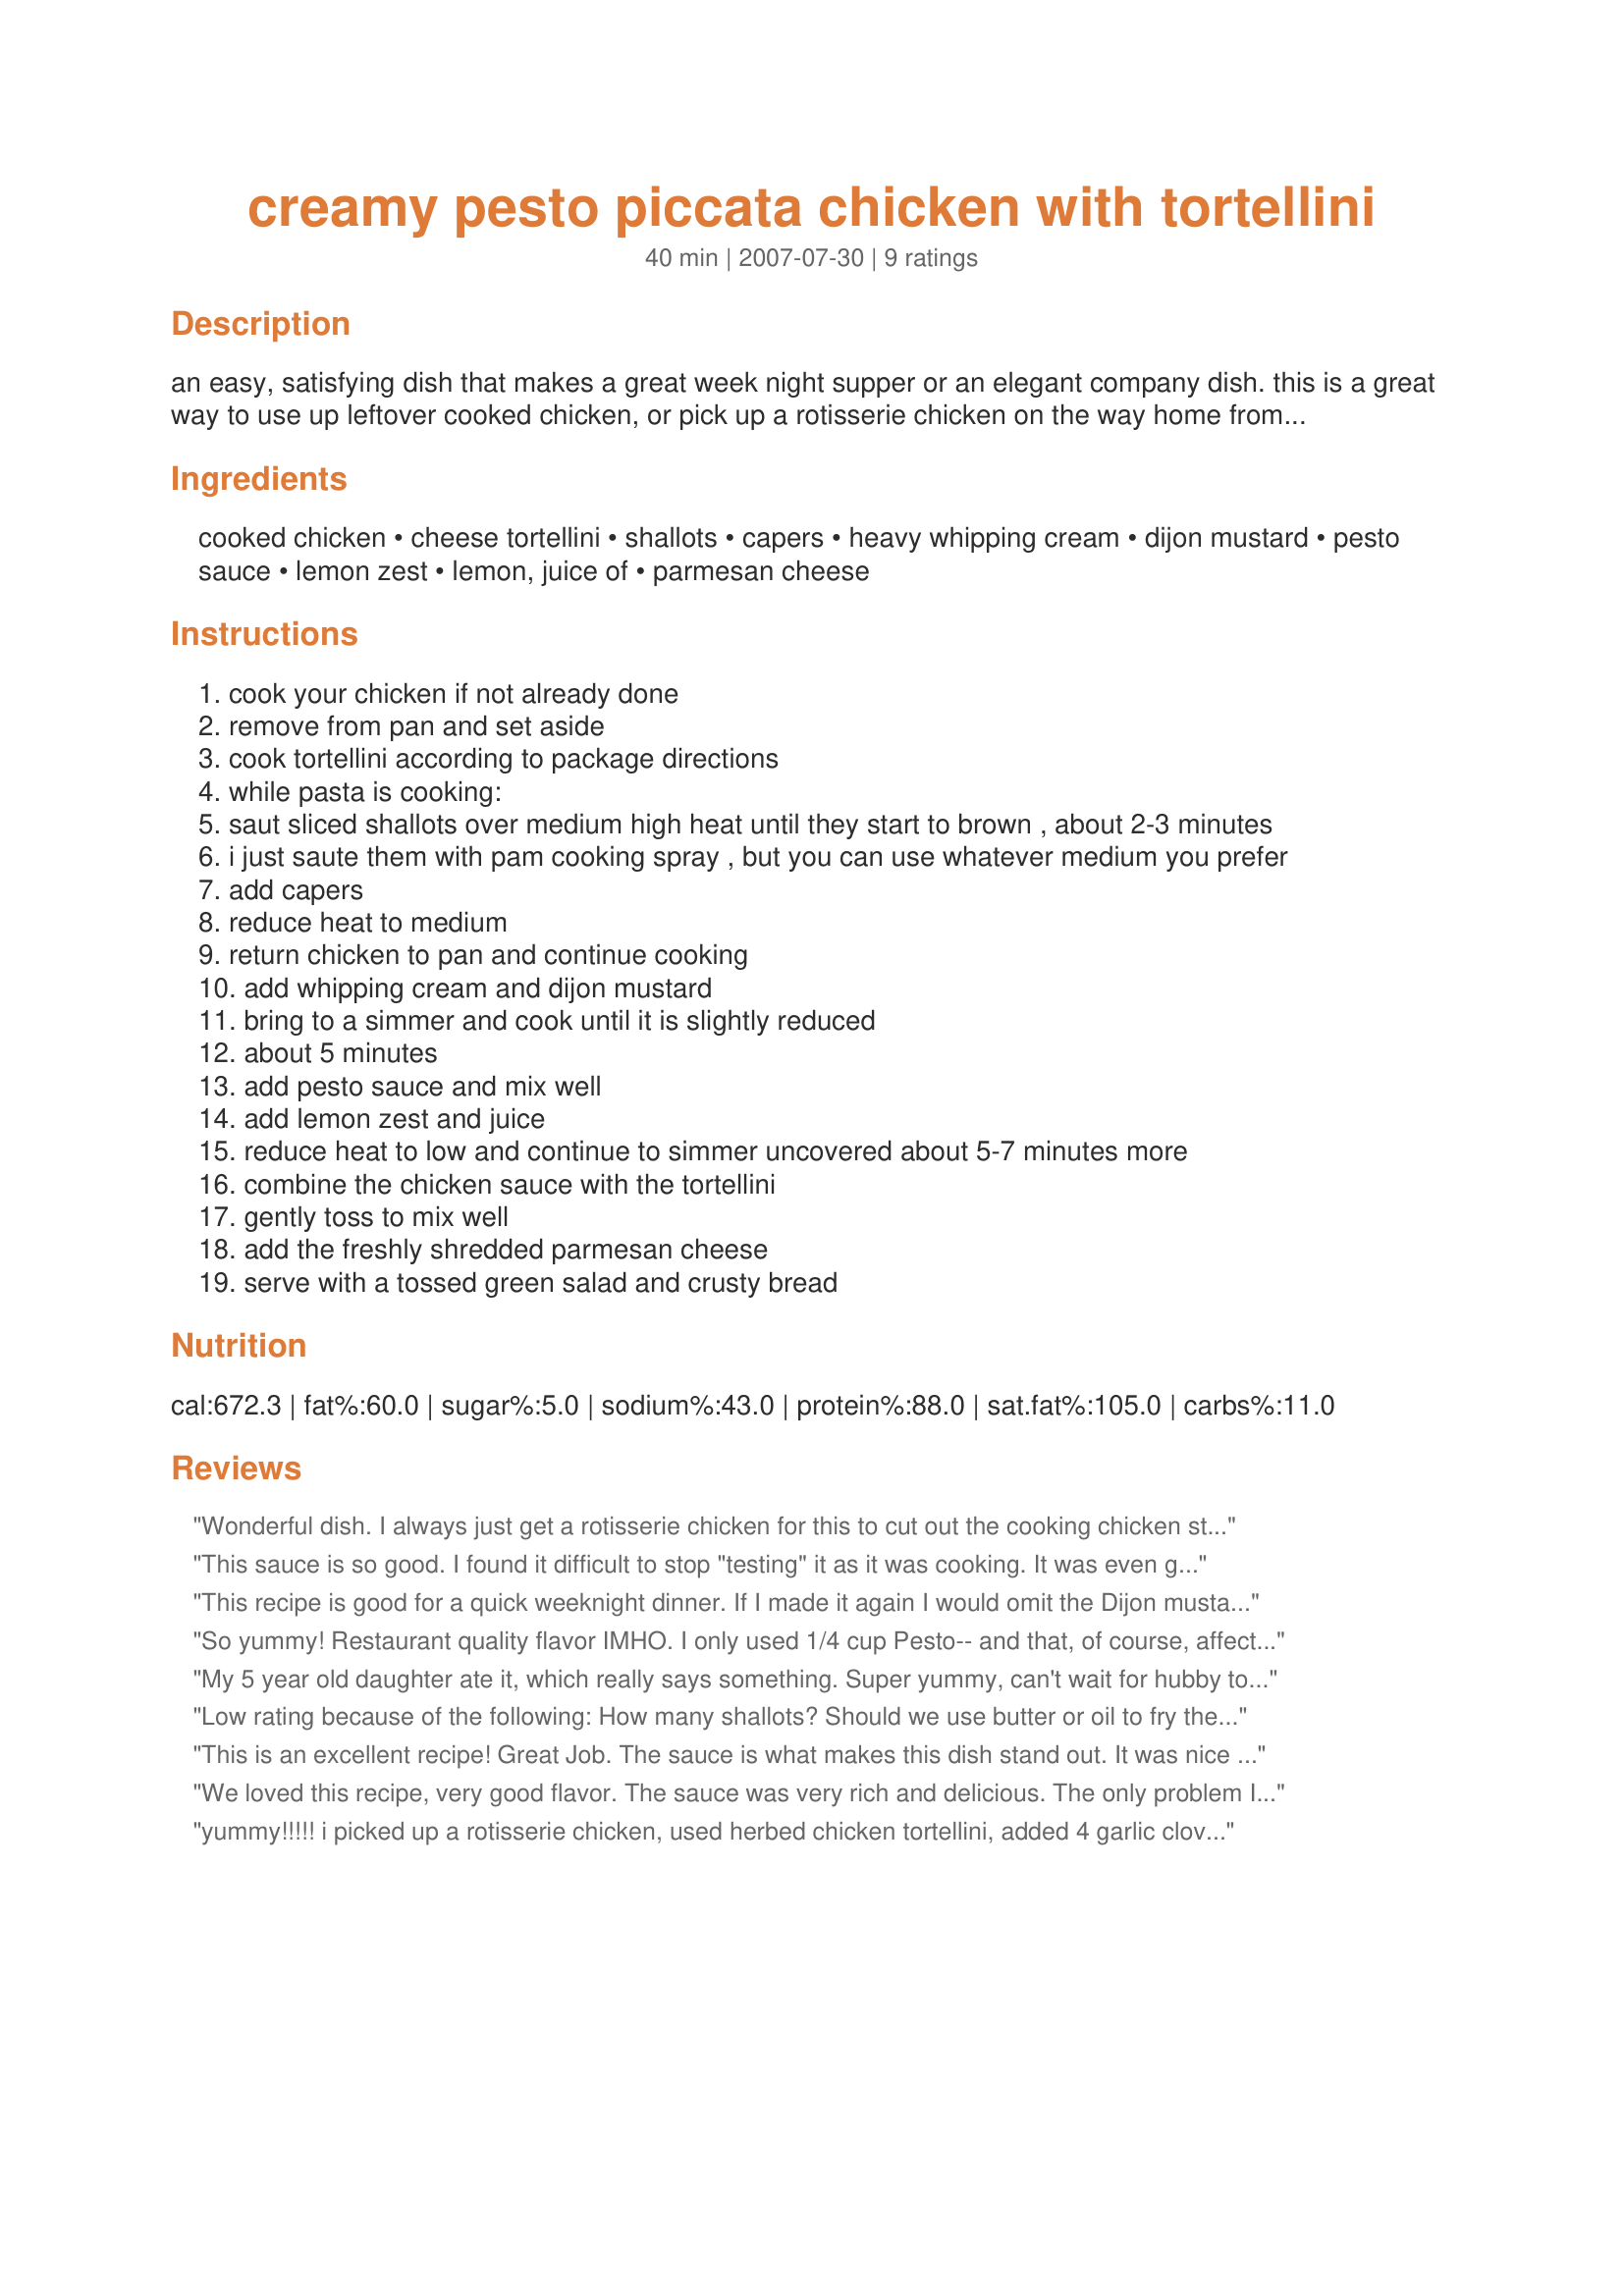
creamy pesto piccata chicken with tortellini
Preparation time: 40 minutes

an easy, satisfying dish that makes a great week night supper or an elegant company dish. this is a great way to use up leftover cooked chicken, or pick up a rotisserie chicken on the way home from work. pair it with a green salad and some crusty bread and you have a simple yet heavenly meal.

Ingredients:
cooked chicken, cheese tortellini, shallots, capers, heavy whipping cream, dijon mustard, pesto sauce, lemon zest, lemon, juice of, parmesan cheese

Steps:
cook your chicken if not already done
remove from pan and set aside
cook tortellini according to package directions
while pasta is cooking:
saut sliced shallots over medium high heat until they start to brown , about 2-3 minutes
i just saute them with pam cooking spray , but you can use whatever medium you prefer
add capers
reduce heat to medium
return chicken to pan and continue cooking
add whipping cream and dijon mustard
bring to a simmer and cook until it is slightly reduced
about 5 minutes
add pesto sauce and mix well
add lemon zest and juice
reduce heat to low and continue to simmer uncovered about 5-7 minutes more
combine the chicken sauce with the tortellini
gently toss to mix well
add the freshly shredded parmesan cheese
serve with a tossed green salad and crusty bread

Reviews:
Wonderful dish. I always just get a rotisserie chicken for this to cut out the cooking chicken step. I don't like mustard, but I love this dish. Just be a bit conservative with the mustard if it's not your thing. My husband likes this too, and he doesn't like mustard or pesto. The combination really brings out the best in all of the ingredients.
This sauce is so good. I found it difficult to stop "testing" it as it was cooking. It was even good before adding the pesto sauce and I might try it that way with some shrimp and pasta. I used a little red onion and garlic in place of the shallot. Good Luck!
This recipe is good for a quick weeknight dinner. If I made it again I would omit the Dijon mustard because I felt it competed with the pesto. Since the shallots were not listed in the ingredients, they did not end up on my grocery list... so I had to use a yellow onion. I served it with Recipe #168156 and crusty French rolls!
So yummy! Restaurant quality flavor IMHO. I only used 1/4 cup Pesto-- and that, of course, affected the outcome... but I thought it was delish! Thanks!
My 5 year old daughter ate it, which really says something. Super yummy, can't wait for hubby to get home from deployement so he can have good food again.
Low rating because of the following: How many shallots? Should we use butter or oil to fry the shallots? Ingredients are listed out of order....making me work much harder than I like to (it's just too confusing!!!)...tortellini should be listed right after the chicken, since that is the next thing to do. As I was making this, I realized, that the capers should be added right before finishing, along with zest and pesto. Also, it would be easier to make sauce without the chicken in the pan (add that AFTER sauce is made--then toss) which is what I did. This was a really good meal, but following directions was frustrating---thus the low rating. Orderly directions are VERY high in my opinion! Taste is superb here!!!
This is an excellent recipe! Great Job. The sauce is what makes this dish stand out. It was nice and creamy and had perfect balance of flavors. Made recipe exact and it was delicious. Served with a green salad and crusty bread. Good luck, this is a winner in my book ;) ~V
We loved this recipe, very good flavor. The sauce was very rich and delicious. The only problem I had was that the shallots weren't listed in the ingredients, or how much of them to add either. So I didn't have one when I made it and added some minced garlic and chopped onions to it with great results. Thanks for the great recipe!
yummy!!!!! i picked up a rotisserie chicken, used herbed chicken tortellini, added 4 garlic cloves and 2 serrano peppers to the shallots. other than that, i followed the recipe to a T. the 2 of us ate every bit of it!! very simple dish that is bursting with flavor! i will be adding this to my keepers!! thanks so much for sharing this awesome dish!!
